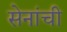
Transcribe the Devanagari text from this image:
सेनांची